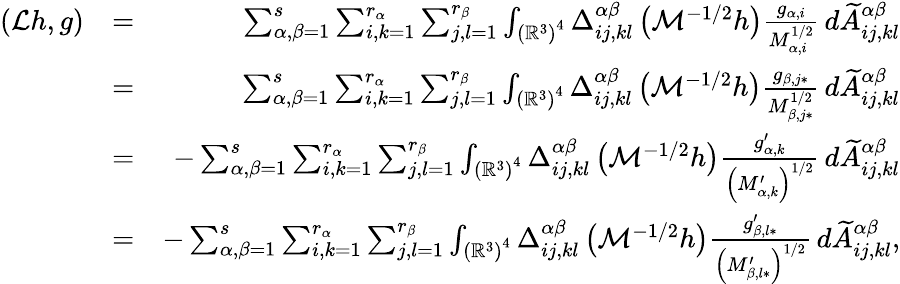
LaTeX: \begin{array}{rlr}{\left(\mathcal{L}h,g\right)}&{=}&{\sum_{\alpha,\beta=1}^{s}\sum_{i,k=1}^{r_{\alpha}}\sum_{j,l=1}^{r_{\beta}}\int_{\left(\mathbb{R}^{3}\right)^{4}}\Delta_{ij,kl}^{\alpha\beta}\left(\mathcal{M}^{-1/2}h\right)\frac{g_{\alpha,i}}{M_{\alpha,i}^{1/2}}\, d\widetilde{A}_{ij,kl}^{\alpha\beta}}\\ &{=}&{\sum_{\alpha,\beta=1}^{s}\sum_{i,k=1}^{r_{\alpha}}\sum_{j,l=1}^{r_{\beta}}\int_{\left(\mathbb{R}^{3}\right)^{4}}\Delta_{ij,kl}^{\alpha\beta}\left(\mathcal{M}^{-1/2}h\right)\frac{g_{\beta,j\ast}}{M_{\beta,j\ast}^{1/2}}\, d\widetilde{A}_{ij,kl}^{\alpha\beta}}\\ &{=}&{-\sum_{\alpha,\beta=1}^{s}\sum_{i,k=1}^{r_{\alpha}}\sum_{j,l=1}^{r_{\beta}}\int_{\left(\mathbb{R}^{3}\right)^{4}}\Delta_{ij,kl}^{\alpha\beta}\left(\mathcal{M}^{-1/2}h\right)\frac{g_{\alpha,k}^{\prime}}{\left(M_{\alpha,k}^{\prime}\right)^{1/2}}\, d\widetilde{A}_{ij,kl}^{\alpha\beta}}\\ &{=}&{-\sum_{\alpha,\beta=1}^{s}\sum_{i,k=1}^{r_{\alpha}}\sum_{j,l=1}^{r_{\beta}}\int_{\left(\mathbb{R}^{3}\right)^{4}}\Delta_{ij,kl}^{\alpha\beta}\left(\mathcal{M}^{-1/2}h\right)\frac{g_{\beta,l\ast}^{\prime}}{\left(M_{\beta,l\ast}^{\prime}\right)^{1/2}}\, d\widetilde{A}_{ij,kl}^{\alpha\beta}\mathrm{,}}\end{array}